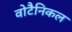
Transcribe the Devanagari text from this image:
वोटैनिकल